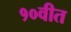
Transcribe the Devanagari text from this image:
१०वीत